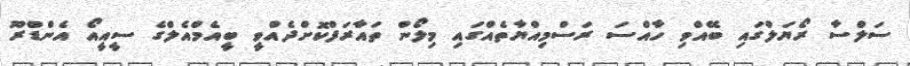
ސަލްސާ ރޯޔަލްގައި ބޭއްވި ހާއްސަ ރަސްމިއްޔާތެއްގައި މިލޯން ތައާރަފްކޮށްދެއްވީ ބީއެމްއެލްގެ ސީއީއޯ އެންޑްރޫ